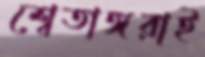
শ্বেতাঙ্গরাই